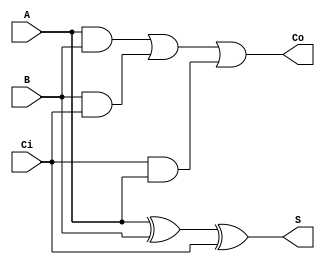
/*
Computer Organisation and Architecture Lab
Assignment no. 1
Group no. 8
Suhas Jain and Monal Prasad
*/

module full_adder (A, B, Ci, S, Co);
    
    /*
        A: Input bit to add
        B: Input bit to add
        Ci: Input carry bit 
        S: Output sum bit
        Co: Output carry bit
    */

    input A, B, Ci;
    output S, Co;

    assign S = A ^ B ^ Ci;                         // Calulating sum bit by taking the XOR
    assign Co = (A & B) | (B & Ci) | (Ci & A);     // Calculating output carry bit by taking OR of pairwise ANDs

endmodule